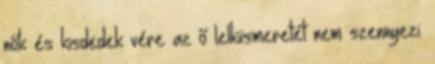
nők és kisdedek vére az ő lelkiismeretét nem szennyezi.